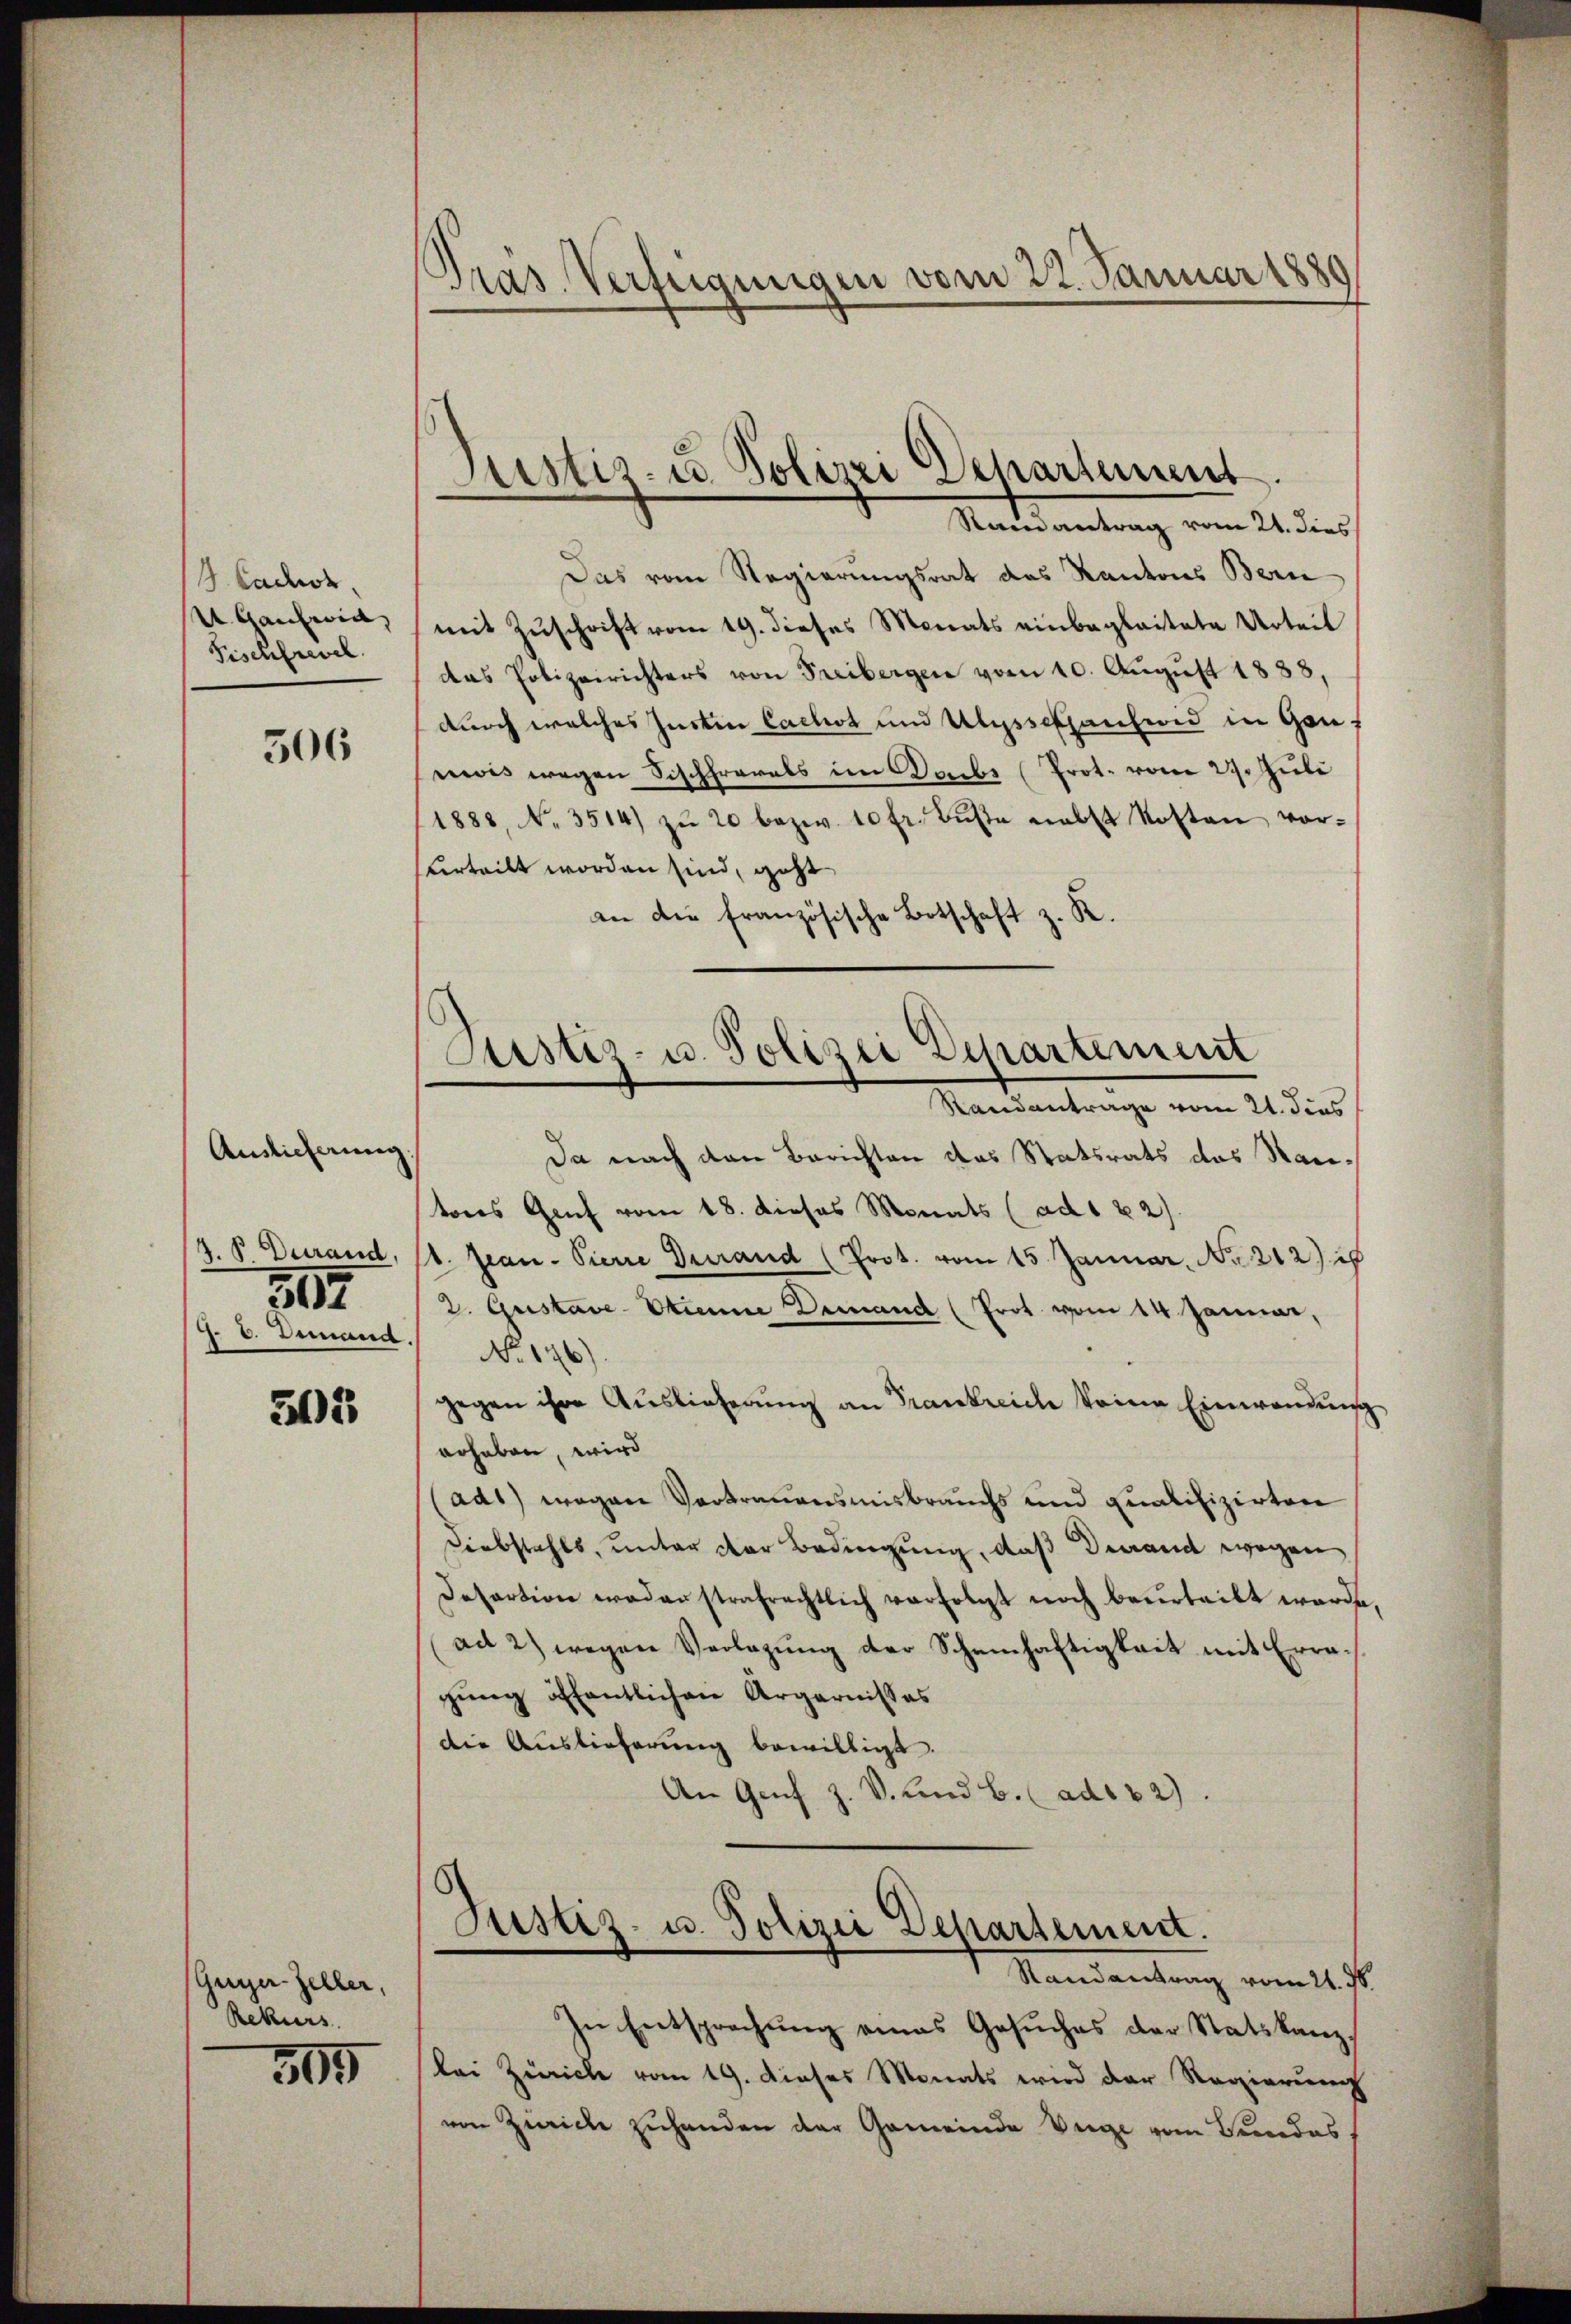
S. Cador
U. Gausweil, |
Fischfrevel

506

Auslieferung:
d. P. Durand.
597
J. V. Demand.

503

Gurger-Zeller,
Rekurs

505

Pras Verfügungen vom 22. Januar 1880

Justiz- u Polizei Departement.

Justiz- u. Polizei Departement
Standantrage vom 21. dies

Reine antrag vom 21. dies
Das vom Regierungsrat das Kantons Bern
mit Zuschrift vom 19. dieses Monats einbegleitete Urteil
das Polizeirichters von Freibergen vom 10. August 1888,
durch welches Instin lachst und Ulyssesention in Genf
ewis wegen Sischfrarals im Daibi Prot. vom 29. Juli
1888, No. 3514) zŭ 20 bezw. 10 fr. Bŭβe nebst Kosten vor-
urteilt worden sind, geht
an die französische Botschaft z. R.
Da nach den Berichten das Statsrats das Stantons Genf vom 18. dieses Monats (ad 1 22)
11. Jean Pierre durand (Prot. vom 15. Januar. No. 212)
3. Gustave-Etienne Demand (Prot. vom 14. Januar,
No 176)
gegen ihre Aŭslieferŭng an Trankreich keine Einwendung
erhaben, wird
ad1) wegen Vertrauensmisbrauchs und qualifizirten
Diebstahls, unter der Bedingung, daß Derrand wegen
Desartion wederstrafrechtlich verfolgt noch beurteilt werde,
ad 2) wegen Verlegung der Scheinhaftigkeit mit Erragung öffentlichen Argarnisses
die Auslieferung bewilligt.
An Genf Z. V. und b. (ads 82).

Justiz- u. Polizei Departement.
Randantrag vom 21. d.

In Entsprechung eines Gesuches der Statskanzbei Zürich vom 19. dieses Monats wird der Regierung
von Zürich zuhanden der Gemeinde Wege vom Bundes